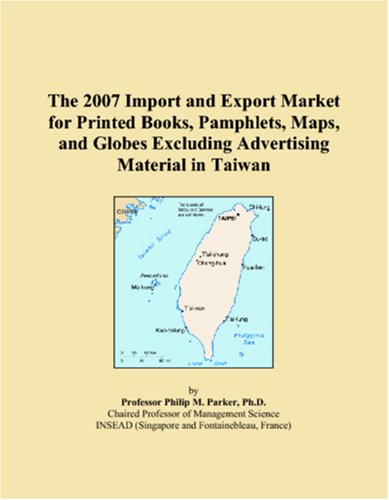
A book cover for The 2007 Import and Export Market for Printed Books, Pamphlets, Maps, and Globes Excluding Advertising Material in Taiwan; Philip M. Parker; Travel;